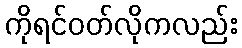
ကိုရင်ဝတ်လိုကလည်း